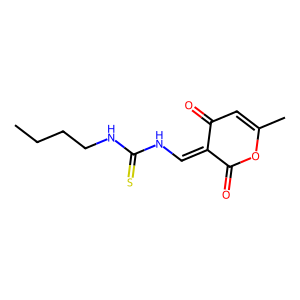
SMILES: CCCCNC(=S)NC=C1C(=O)C=C(C)OC1=O
Inhibits HIV replication: No